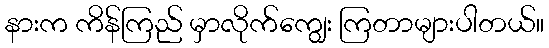
နားက ကိန်ကြည် မှာလိုက်ကျွေး ကြတာများပါတယ်။